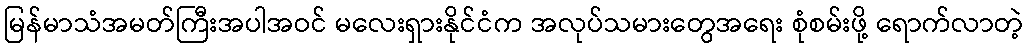
မြန်မာသံအမတ်ကြီးအပါအဝင် မလေးရှားနိုင်ငံက အလုပ်သမားတွေအရေး စုံစမ်းဖို့ ရောက်လာတဲ့